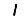
Digit: 1